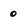
Character: 0